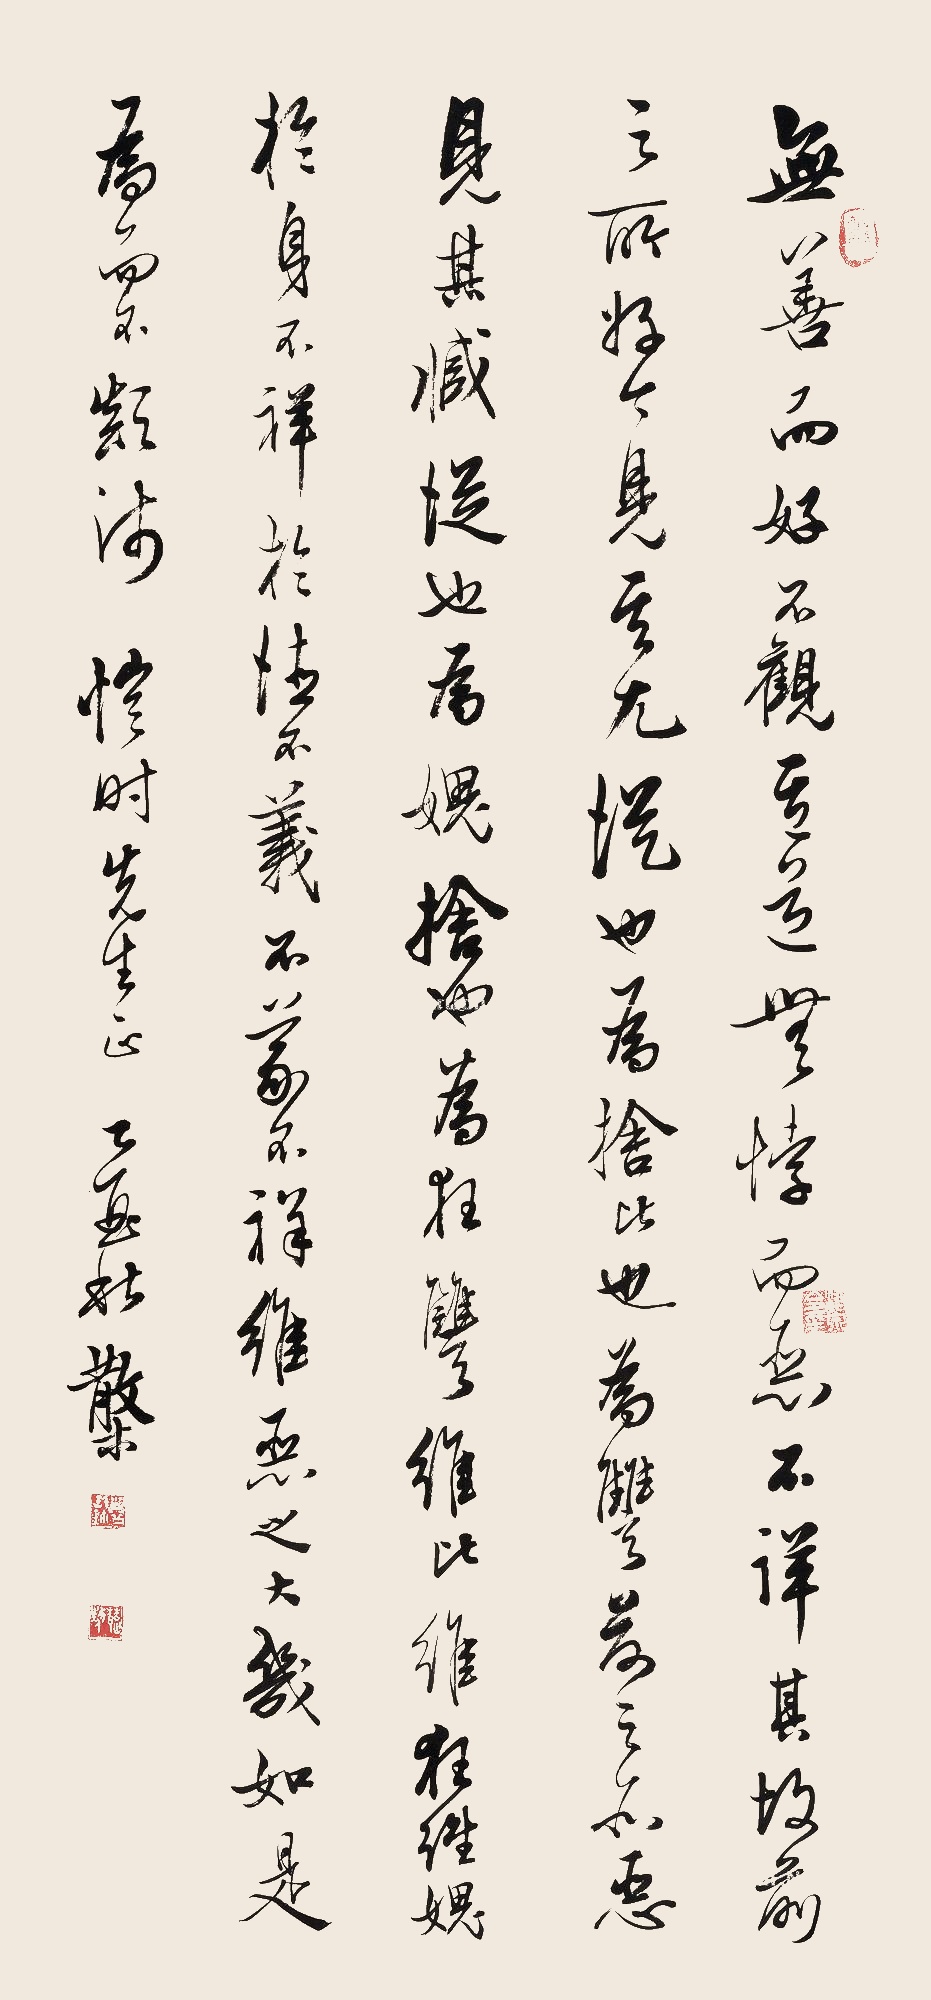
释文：无善而好，不观其道。无悖而恶，不详其故。前之所好，今见其尤。从也为比，舍也为仇。前之所恶，今见其臧。从也为愧，舍也为狂。维仇维比，维狂维愧，于身不祥，于德不义。不义不祥，维恶之大，几如是为，而不颠沛？恺时先生正，乙酉秋，散木。